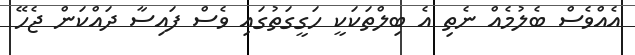
އެއްވެސް ބެލުމެއް ނެތި އެ ބިލްތަކަކީ ހަގީގަތުގައި ވެސް ފައިސާ ދައްކަން ޖެހޭ